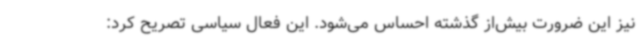
نیز این ضرورت بیش‌از گذشته احساس می‌شود. این فعال سیاسی تصریح کرد: